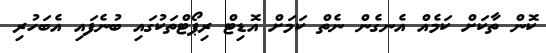
ކޮން ތާކަށް ކަމެއް އެނގެން ނެތް ކަމަށް އޮޑިޓް ރިޕޯޓްތަކުގައި ބުނެފައި އެބަހުރި